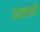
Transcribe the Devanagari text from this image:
अन्नाकी